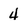
Character: 4